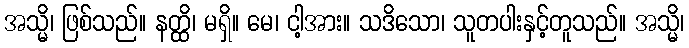
အသ္မိ၊ ဖြစ်သည်။ နတ္ထိ၊ မရှိ။ မေ၊ ငါ့အား။ သဒိသော၊ သူတပါးနှင့်တူသည်။ အသ္မိ၊